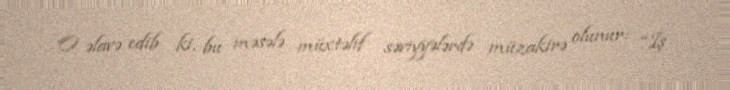
O əlavə edib ki, bu məsələ müxtəlif səviyyələrdə müzakirə olunur: “İş